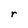
Character: r